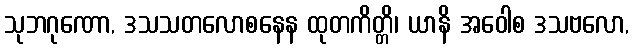
သုဘဂုဏော, ဒသသတလောစနေန ထုတကိတ္တိ၊ ယာနိ အဝေါစ ဒသဗလော,